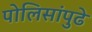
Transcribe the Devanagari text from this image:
पोलिसांपुढे